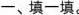
一、填一填。